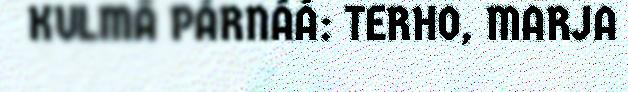
KULMÂ PÁRNÁÁ: TERHO, MARJA